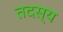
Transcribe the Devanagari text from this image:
तदस्य